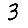
Digit: 3